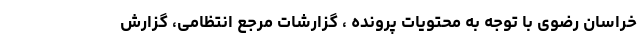
خراسان رضوی با توجه به محتویات پرونده ، گزارشات مرجع انتظامی، گزارش